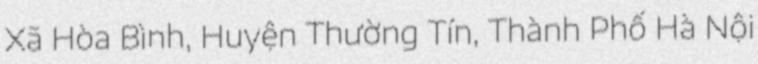
Xã Hòa Bình, Huyện Thường Tín, Thành Phố Hà Nội